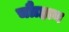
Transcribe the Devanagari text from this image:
चौाहान